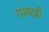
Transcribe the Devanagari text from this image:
राज्याही